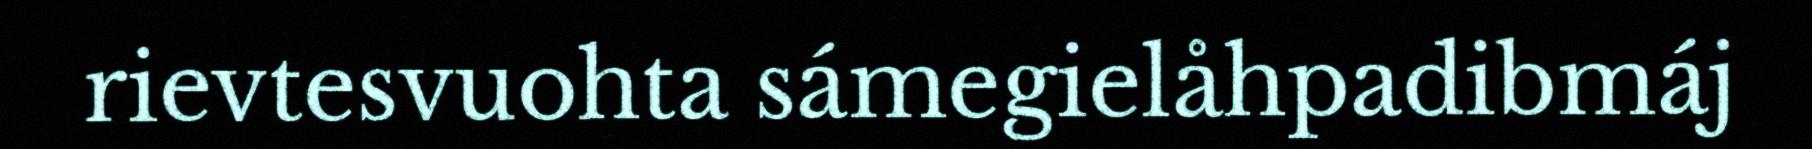
rievtesvuohta sámegielåhpadibmáj